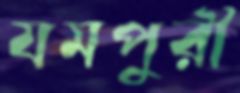
যমপুরী